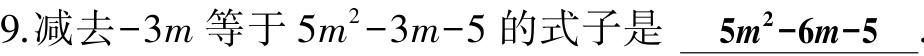
9.减去\(-3m\)等于\(5m^{2}-3m - 5\)的式子是 \(\underline{5m^{2}-6m - 5}\).